Report of the Municipal Commissioner on the plague in Bombay for the year ending 31st May... - Volume 2
Disease focus: Plague
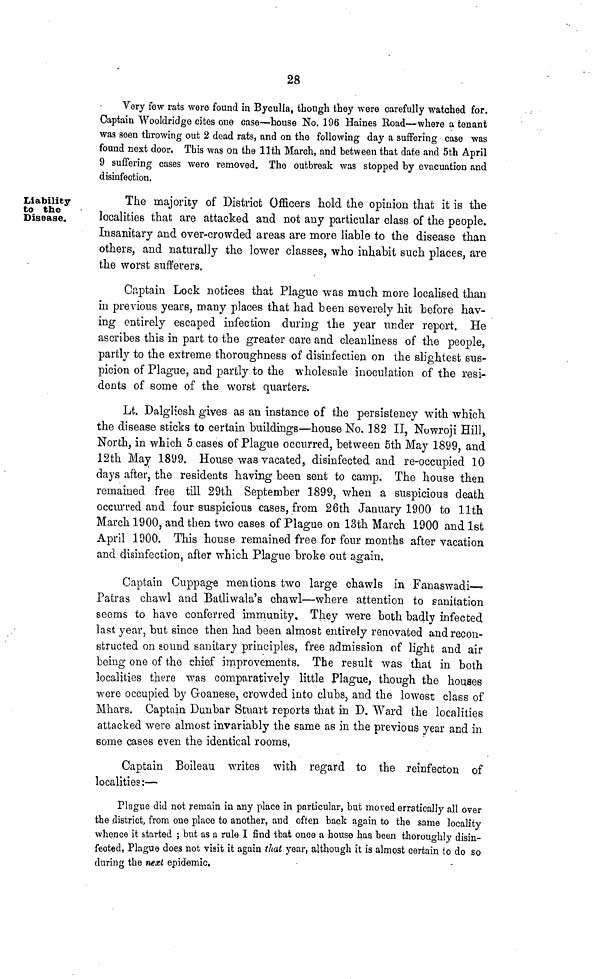
28
Very few rats were found in Byculla, though they were carefully watched for.
Captain Wooldridge cites one case—house No. 196 Haines Road—where a tenant
was seen throwing out 2 dead rats, and on the following day a suffering case was
found next door. This was on the 11th March, and between that date and 5th April
9 suffering cases were removed. The outbreak was stopped by evacuation and
disinfection.
Liability
to the
Disease.
The majority of District Officers hold the opinion that it is the
localities that are attacked and not any particular class of the people.
Insanitary and over-crowded areas are more liable to the disease than
others, and naturally the lower classes, who inhabit such places, are
the worst sufferers.
Captain Lock notices that Plague was much more localised than
in previous years, many places that had been severely hit before hav-
ing entirely escaped infection during the year under report. He
ascribes this in part to the greater care and cleanliness of the people,
partly to the extreme thoroughness of disinfectien on the slightest sus-
picion of Plague, and partly to the wholesale inoculation of the resi-
dents of some of the worst quarters.
Lt. Dalgliesh gives as an instance of the persistency with which,
the disease sticks to certain buildings—house No. 182 II, Nowroji Hill,
North, in which 5 cases of Plague occurred, between 5th May 1899, and
12th May 1899. House was vacated, disinfected and re-occupied 10
days after, the residents having been sent to camp. The house then
remained free till 29th September 1899, when a suspicious death
occurred and four suspicious cases, from 26th January 1900 to llth
March 1900, and then two cases of Plague on 13th March 1900 and 1st
April 1900. This house remained free for four months after vacation
and disinfection, after which Plague broke out again.
Captain Cuppage mentions two large chawls in Fanaswadi—
Patras chawl and Batliwala's chawl—where attention to sanitation
seems to have conferred immunity. They were both badly infected
last year, but since then had been almost entirely renovated and recon-
structed on sound sanitary principles, free admission of light and air
being one of the chief improvements. The result was that in both
localities there was comparatively little plague, though the houses
were occupied by Goanese, crowded into clubs, and the lowest class of
Mhars. Captain Dunbar Stuart reports that in D. Ward the localities
attacked were almost invariably the same as in the previous year and in
some cases even the identical rooms,
Captain Boileau writes with regard to the reinfecton of
localities:—
Plague did not remain in any place in particular, but moved erratically all over
the district, from one place to another, and often back again to the same locality
whence it started ; but as a rule I find that once a house has been thoroughly disin-
fected, Plague does not visit it again that year, although it is almost certain to do so
during the next epidemic.